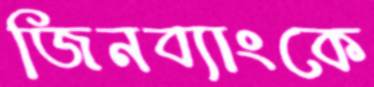
জিনব্যাংকে